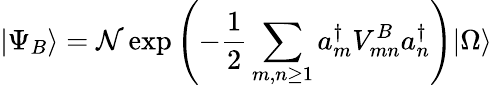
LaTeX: |\Psi_{B}\rangle=\mathcal{N}\exp\left(-{\frac{1}{2}}\sum_{m,n\geq 1}a_{m}^{\dagger}V_{mn}^{B}a_{n}^{\dagger}\right)|\Omega\rangle